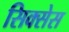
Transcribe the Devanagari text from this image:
सिक्सेस